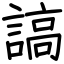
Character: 謞